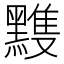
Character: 𪒊